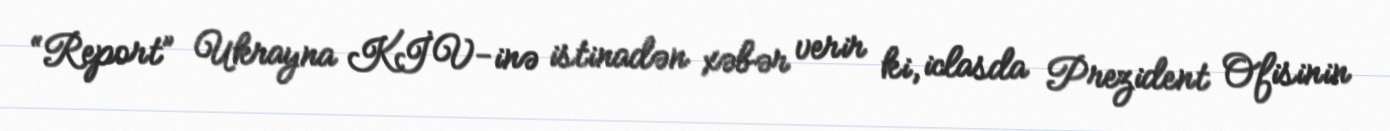
“Report” Ukrayna KİV-inə istinadən xəbər verir ki, iclasda Prezident Ofisinin